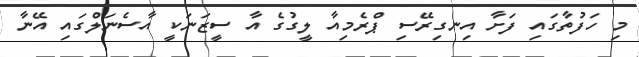
މި ހަފުތާގައި ފަށާ އިނގިރޭސި ޕްރެމިއާ ލީގުގެ އާ ސީޒަނަކީ އާސެނަލްގައި އޭނާ